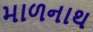
માળનાથ